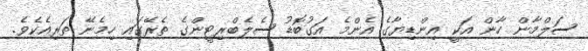
ސަލްމާން ހާން އަކީ އިންޑިޔާގެ އެންމެ އަގުބޮޑު ސެލެބްރިޓީންގެ ތެރޭގައި ހިމެނޭ ތަރިއެކެވެ.